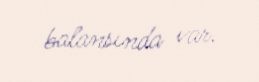
balansında var.